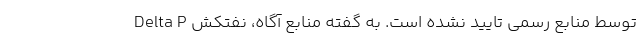
توسط منابع رسمی تایید نشده است. به گفته منابع آگاه، نفتکش Delta P